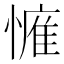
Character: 𢟴